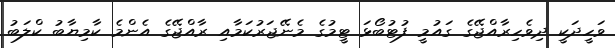
ވަހީދަކީ ދިވެހިރާއްޖޭގެ ގައުމީ ފުޓުބޯޅަ ޓީމުގެ މެނޭޖަރުކަމާއި ރާއްޖޭގެ އެންމެ ކާމިޔާބު ކްލަބު